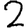
Digit: 2